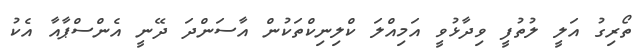
ތޯރިގު އަލީ ލުތުފީ ވިދާޅުވީ އަމިއްލަ ކްލިނިކްތަކުން އާސަންދަ ދޭނީ އެންސްޕާއާ އެކު